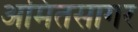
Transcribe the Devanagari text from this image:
अमितसागर